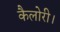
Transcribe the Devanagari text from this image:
कैलोरी।